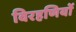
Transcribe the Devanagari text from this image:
विरहणियों